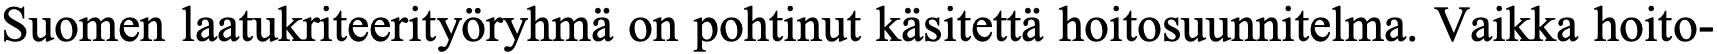
Suomen laatukriteerityöryhmä on pohtinut käsitettä hoitosuunnitelma. Vaikka hoito-